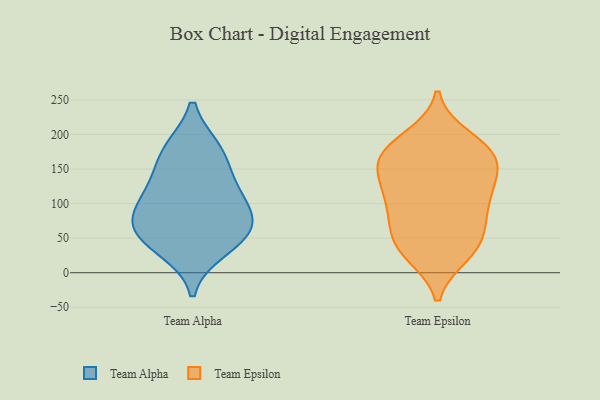
{"axis": {"x": "Conversion Rate (%)", "y": "Value"}, "legend": ["Team Alpha", "Team Epsilon"], "data": [{"x": "", "y": 34, "type": "Team Alpha"}, {"x": "", "y": 67, "type": "Team Alpha"}, {"x": "", "y": 54, "type": "Team Alpha"}, {"x": "", "y": 136, "type": "Team Alpha"}, {"x": "", "y": 178, "type": "Team Alpha"}, {"x": "", "y": 119, "type": "Team Alpha"}, {"x": "", "y": 92, "type": "Team Alpha"}, {"x": "", "y": 56, "type": "Team Alpha"}, {"x": "", "y": 90, "type": "Team Alpha"}, {"x": "", "y": 177, "type": "Team Alpha"}, {"x": "", "y": 122, "type": "Team Epsilon"}, {"x": "", "y": 87, "type": "Team Epsilon"}, {"x": "", "y": 27, "type": "Team Epsilon"}, {"x": "", "y": 70, "type": "Team Epsilon"}, {"x": "", "y": 139, "type": "Team Epsilon"}, {"x": "", "y": 162, "type": "Team Epsilon"}, {"x": "", "y": 179, "type": "Team Epsilon"}, {"x": "", "y": 48, "type": "Team Epsilon"}, {"x": "", "y": 102, "type": "Team Epsilon"}, {"x": "", "y": 53, "type": "Team Epsilon"}, {"x": "", "y": 162, "type": "Team Epsilon"}, {"x": "", "y": 189, "type": "Team Epsilon"}, {"x": "", "y": 26, "type": "Team Epsilon"}, {"x": "", "y": 92, "type": "Team Epsilon"}, {"x": "", "y": 170, "type": "Team Epsilon"}, {"x": "", "y": 196, "type": "Team Epsilon"}, {"x": "", "y": 116, "type": "Team Epsilon"}, {"x": "", "y": 164, "type": "Team Epsilon"}, {"x": "", "y": 34, "type": "Team Epsilon"}, {"x": "", "y": 139, "type": "Team Epsilon"}]}